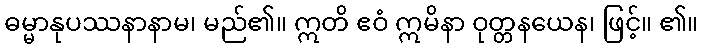
ဓမ္မာနုပဿနာနာမ၊ မည်၏။ ဣတိ ဧဝံ ဣမိနာ ဝုတ္တနယေန၊ ဖြင့်။ ၏။